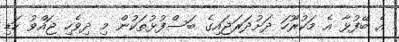
އެ ބޭފުޅާ އެ މަކުރޫހަ ދަށުދަރަޖައިގެ ބަސްފުޅުތަކުން މި ދިވެހި ޖައްވު ހަޑި